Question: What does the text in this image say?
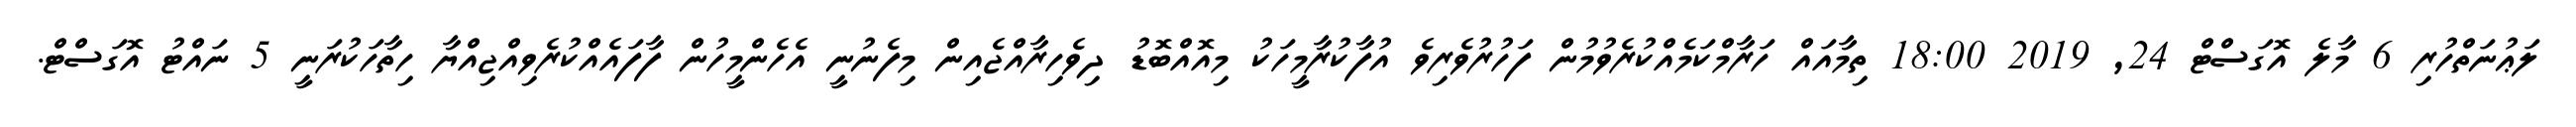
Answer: ލަޢުނަތްހުރި 6 މާލެ އޮގަސްޓް 24, 2019 18:00 ތިމާއައް ހަރާމްކަމެއްކުރެވުމުން ފަހުރުވެރިވެ އުފާކުރާމީހަކު މިއޮއްބޮޑު ދިވެހިރާއްޖެއިން މިފެނުނީ އެހެންމީހުން ފާފައެއްކުރެވިއްޖިއްޔާ ހިތާހަކުރަނީ 5 ނައްޓު އޮގަސްޓް.